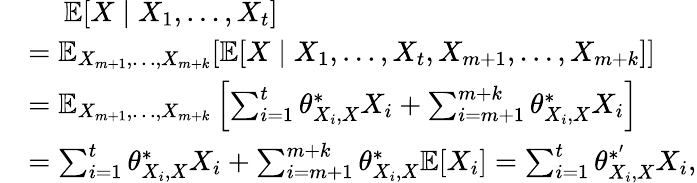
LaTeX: \begin{array}{rl}&{\ \ \ \ \ \mathbb{E}[X\mid X_{1},\ldots,X_{t}]}\\ &{=\mathbb{E}_{X_{m+1},\ldots,X_{m+k}}[\mathbb{E}[X\mid X_{1},\ldots,X_{t},X_{m+1},\ldots,X_{m+k}]]}\\ &{=\mathbb{E}_{X_{m+1},\ldots,X_{m+k}}\left[\sum_{i=1}^{t}\theta_{X_{i},X}^{*}X_{i}+\sum_{i=m+1}^{m+k}\theta_{X_{i},X}^{*}X_{i}\right]}\\ &{=\sum_{i=1}^{t}\theta_{X_{i},X}^{*}X_{i}+\sum_{i=m+1}^{m+k}\theta_{X_{i},X}^{*}\mathbb{E}[X_{i}]=\sum_{i=1}^{t}\theta_{X_{i},X}^{*^{\prime}}X_{i},}\end{array}